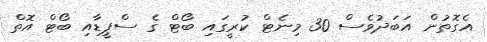
އެގޮތުން އަބަދުވެސް 30 މިނެޓް ކުރީގައި ބޯޓް ގެ ސްޕީޑާއި ބޯޓް އޮތް